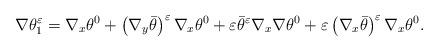
LaTeX: \begin{align*}\nabla\theta_{1}^{\varepsilon}=\nabla_x\theta^{0}+\left(\nabla_{y}\bar{\theta}\right)^{\varepsilon}\nabla_{x}\theta^{0}+\varepsilon\bar{\theta}^{\varepsilon}\nabla_{x}\nabla\theta^{0}+\varepsilon\left(\nabla_{x}\bar{\theta}\right)^{\varepsilon}\nabla_{x}\theta^{0}.\end{align*}